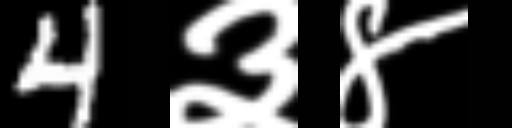
Text: 4३४